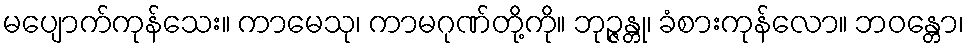
မပျောက်ကုန်သေး။ ကာမေသု၊ ကာမဂုဏ်တို့ကို။ ဘုဉ္ဇန္တု၊ ခံစားကုန်လော။ ဘဝန္တော၊